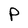
Character: P